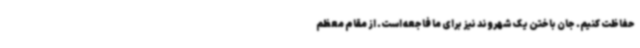
حفاظت کنیم. جان باختن یک شهروند نیز برای ما فاجعه است. از مقام معظم